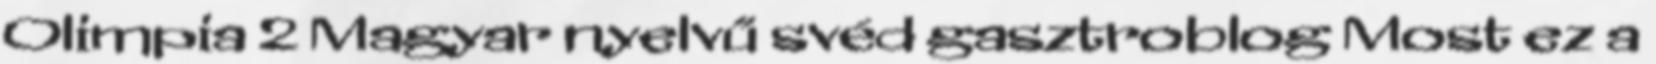
Olimpia 2 Magyar nyelvű svéd gasztroblog Most ez a